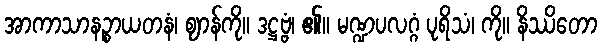
အာကာသာနဉ္စာယတနံ၊ ဈာန်ကို။ ဒဋ္ဌဗ္ဗံ၊ ၏။ မဏ္ဍပလဂ္ဂံ ပုရိသံ၊ ကို။ နိဿိတော